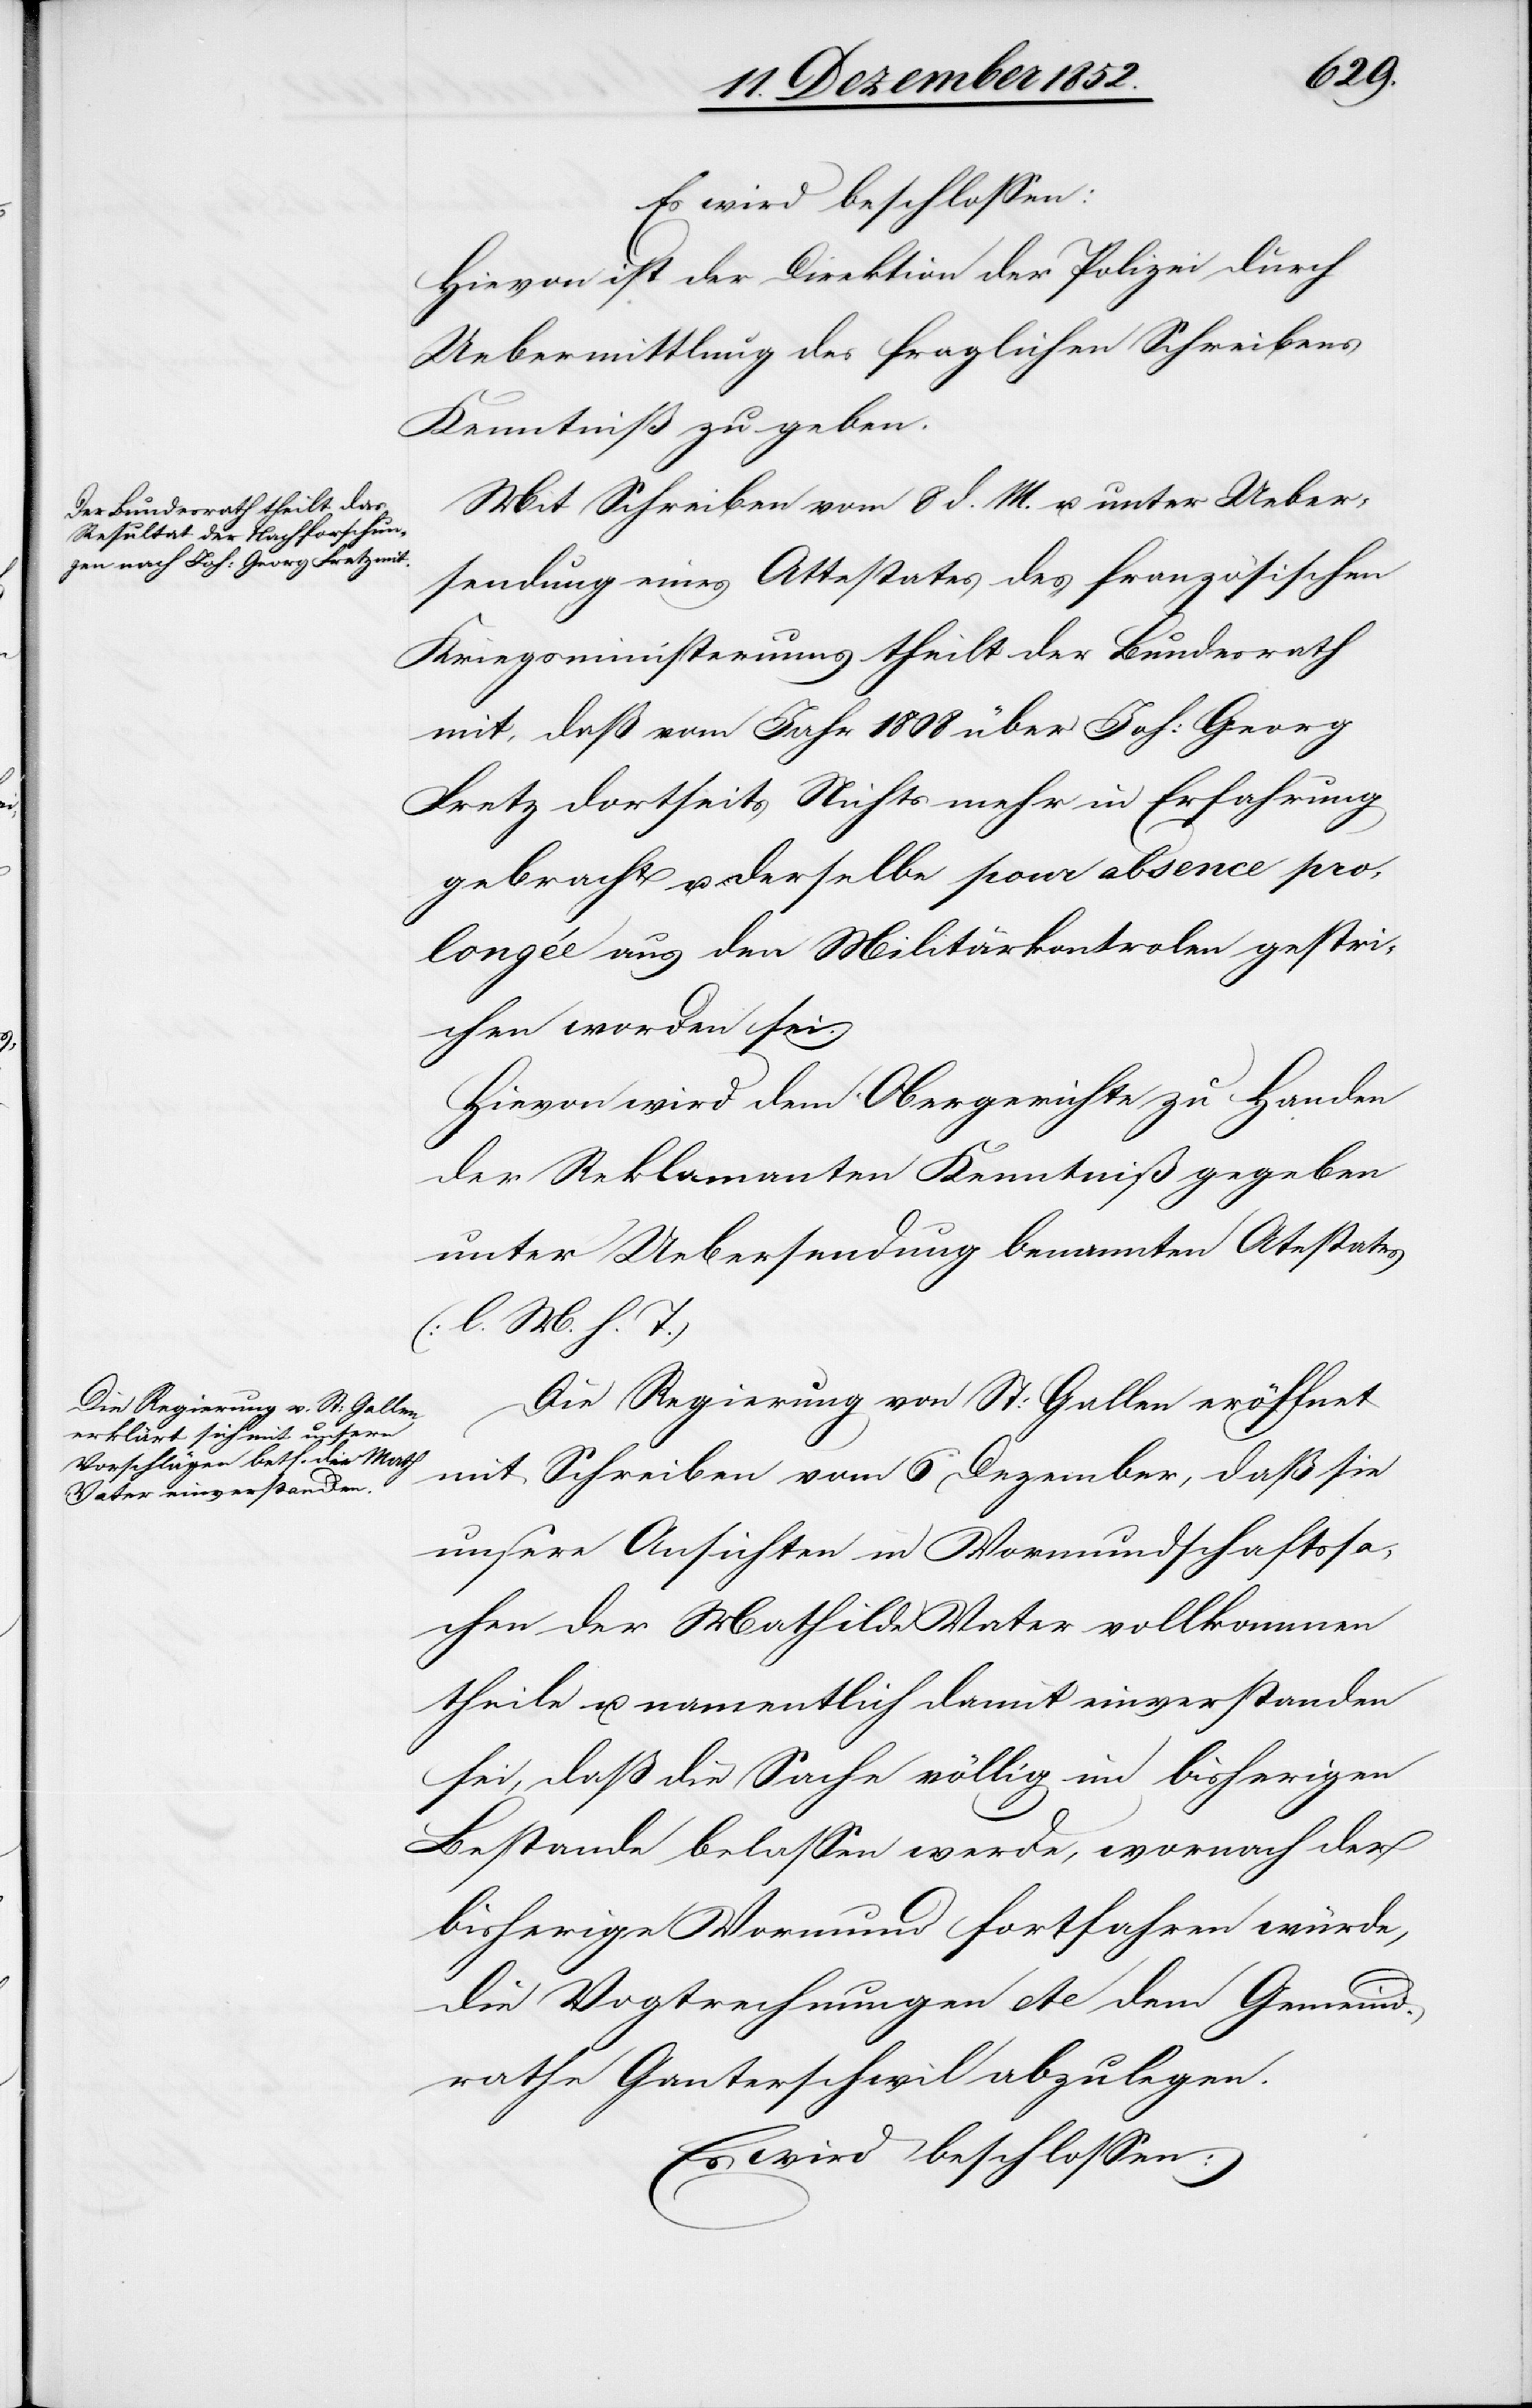
Es wird beschlossen:
Hievon ist der Direktion der Polizei durch
Uebermittlung des fraglichen Schreibens
Kenntniß zu geben.
Mit Schreiben vom 8 d. M. u. unter Ueber¬
sendung eines Attestates des französischen
Kriegsministeriums theilt der Bundesrath
mit, daß vom Jahr 1808 über Joh: Georg
Fretz dortseits Nichts mehr in Erfahrung
gebracht u. derselbe pour absence pro¬
longée aus den Militärkontrolen gestri¬
chen worden sei.
Hievon wird dem Obergerichte zu Handen
der Reklamanten Kenntniß gegeben
unter Uebersendung benannten At[t]estates
(l. M. h. T.)
Die Regierung von St: Gallen eröffnet
mit Schreiben vom 6 Dezember, daß sie
unsere Ansichten in Vormundschaftssa¬
chen der Mathilde Vater vollkommen
theile u. namentlich damit einverstanden
sei, daß die Sache völlig im bisherigen
Bestande belassen werde, wornach der
bisherige Vormund fortfahren würde,
die Vogtrechnungen etc dem Gemeind¬
rathe Ganterschwil abzulegen.